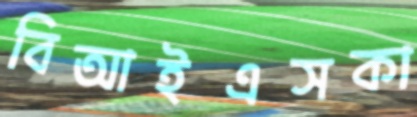
বিআইএসকা